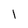
Character: 1